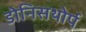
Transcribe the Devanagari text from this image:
डोनिसथोर्प